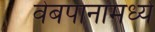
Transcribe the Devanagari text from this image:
वेबपानांमध्ये